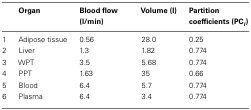
<table><thead><tr><td></td><td><b>Organ</b></td><td><b>Blood flow (l/min)</b></td><td><b>Volume (l)</b></td><td><b>Partition coefficients (PC<i><sub>i</sub></i>)</b></td></tr></thead><tbody><tr><td>1</td><td>Adipose tissue</td><td>0.56</td><td>28.0</td><td>0.25</td></tr><tr><td>2</td><td>Liver</td><td>1.3</td><td>1.82</td><td>0.774</td></tr><tr><td>3</td><td>WPT</td><td>3.5</td><td>5.68</td><td>0.774</td></tr><tr><td>4</td><td>PPT</td><td>1.63</td><td>35</td><td>0.66</td></tr><tr><td>5</td><td>Blood</td><td>6.4</td><td>5.7</td><td>0.774</td></tr><tr><td>6</td><td>Plasma</td><td>6.4</td><td>3.4</td><td>0.774</td></tr></tbody></table>